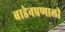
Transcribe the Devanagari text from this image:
बाडेनप्रणाली